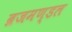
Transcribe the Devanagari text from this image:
ब्रजमण्डल